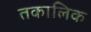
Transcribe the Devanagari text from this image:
तकालिक